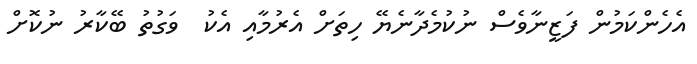
އެހެންކަމުން ފަޒީނާވެސް ނުކުމެދާނެޔޭ ހިތަށް އެރުމާއި އެކު  ވަގުތު ބޭކާރު ނުކޮށް